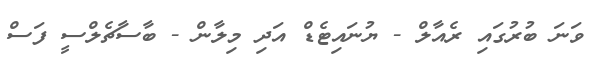
ވަނަ ބުރުގައި ރެއާލް - ޔުނައިޓެޑް އަދި މިލާން - ބާސާޗެލްސީ ފަސް